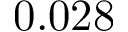
0 . 0 2 8